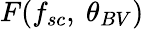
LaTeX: F(f_{sc},~\theta_{BV})